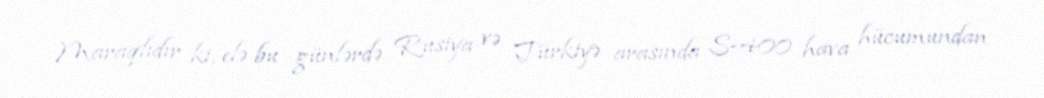
Maraqlıdır ki, elə bu günlərdə Rusiya və Türkiyə arasında S-400 hava hücumundan